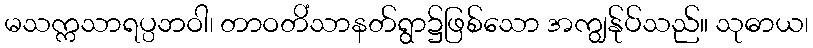
မသက္ကသာရပ္ပဘဝါ၊ တာဝတိံသာနတ်ရွာ၌ဖြစ်သော အကျွန်ုပ်သည်။ သုဓာယ၊